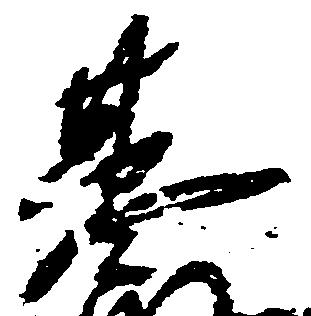
基